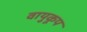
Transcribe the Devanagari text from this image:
वायुकूप